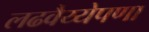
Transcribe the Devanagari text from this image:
लढवैय्येपणा